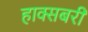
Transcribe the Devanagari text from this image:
हाक्सबरी